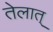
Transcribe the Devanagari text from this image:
तेलात्